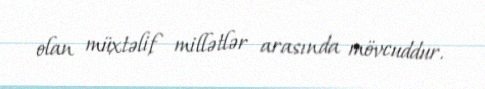
olan müxtəlif millətlər arasında mövcuddur.